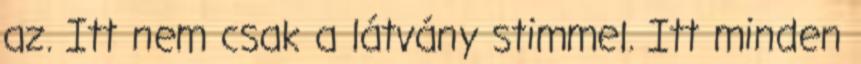
az. Itt nem csak a látvány stimmel. Itt minden